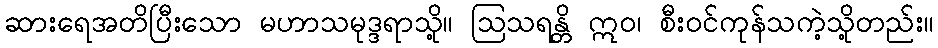
ဆားရေအတိပြီးသော မဟာသမုဒ္ဒရာသို့။ ဩသရန္တိ ဣဝ၊ စီးဝင်ကုန်သကဲ့သို့တည်း။